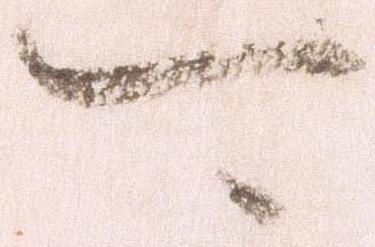
可